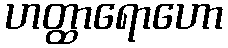
ဟတ္ထာရောဟော